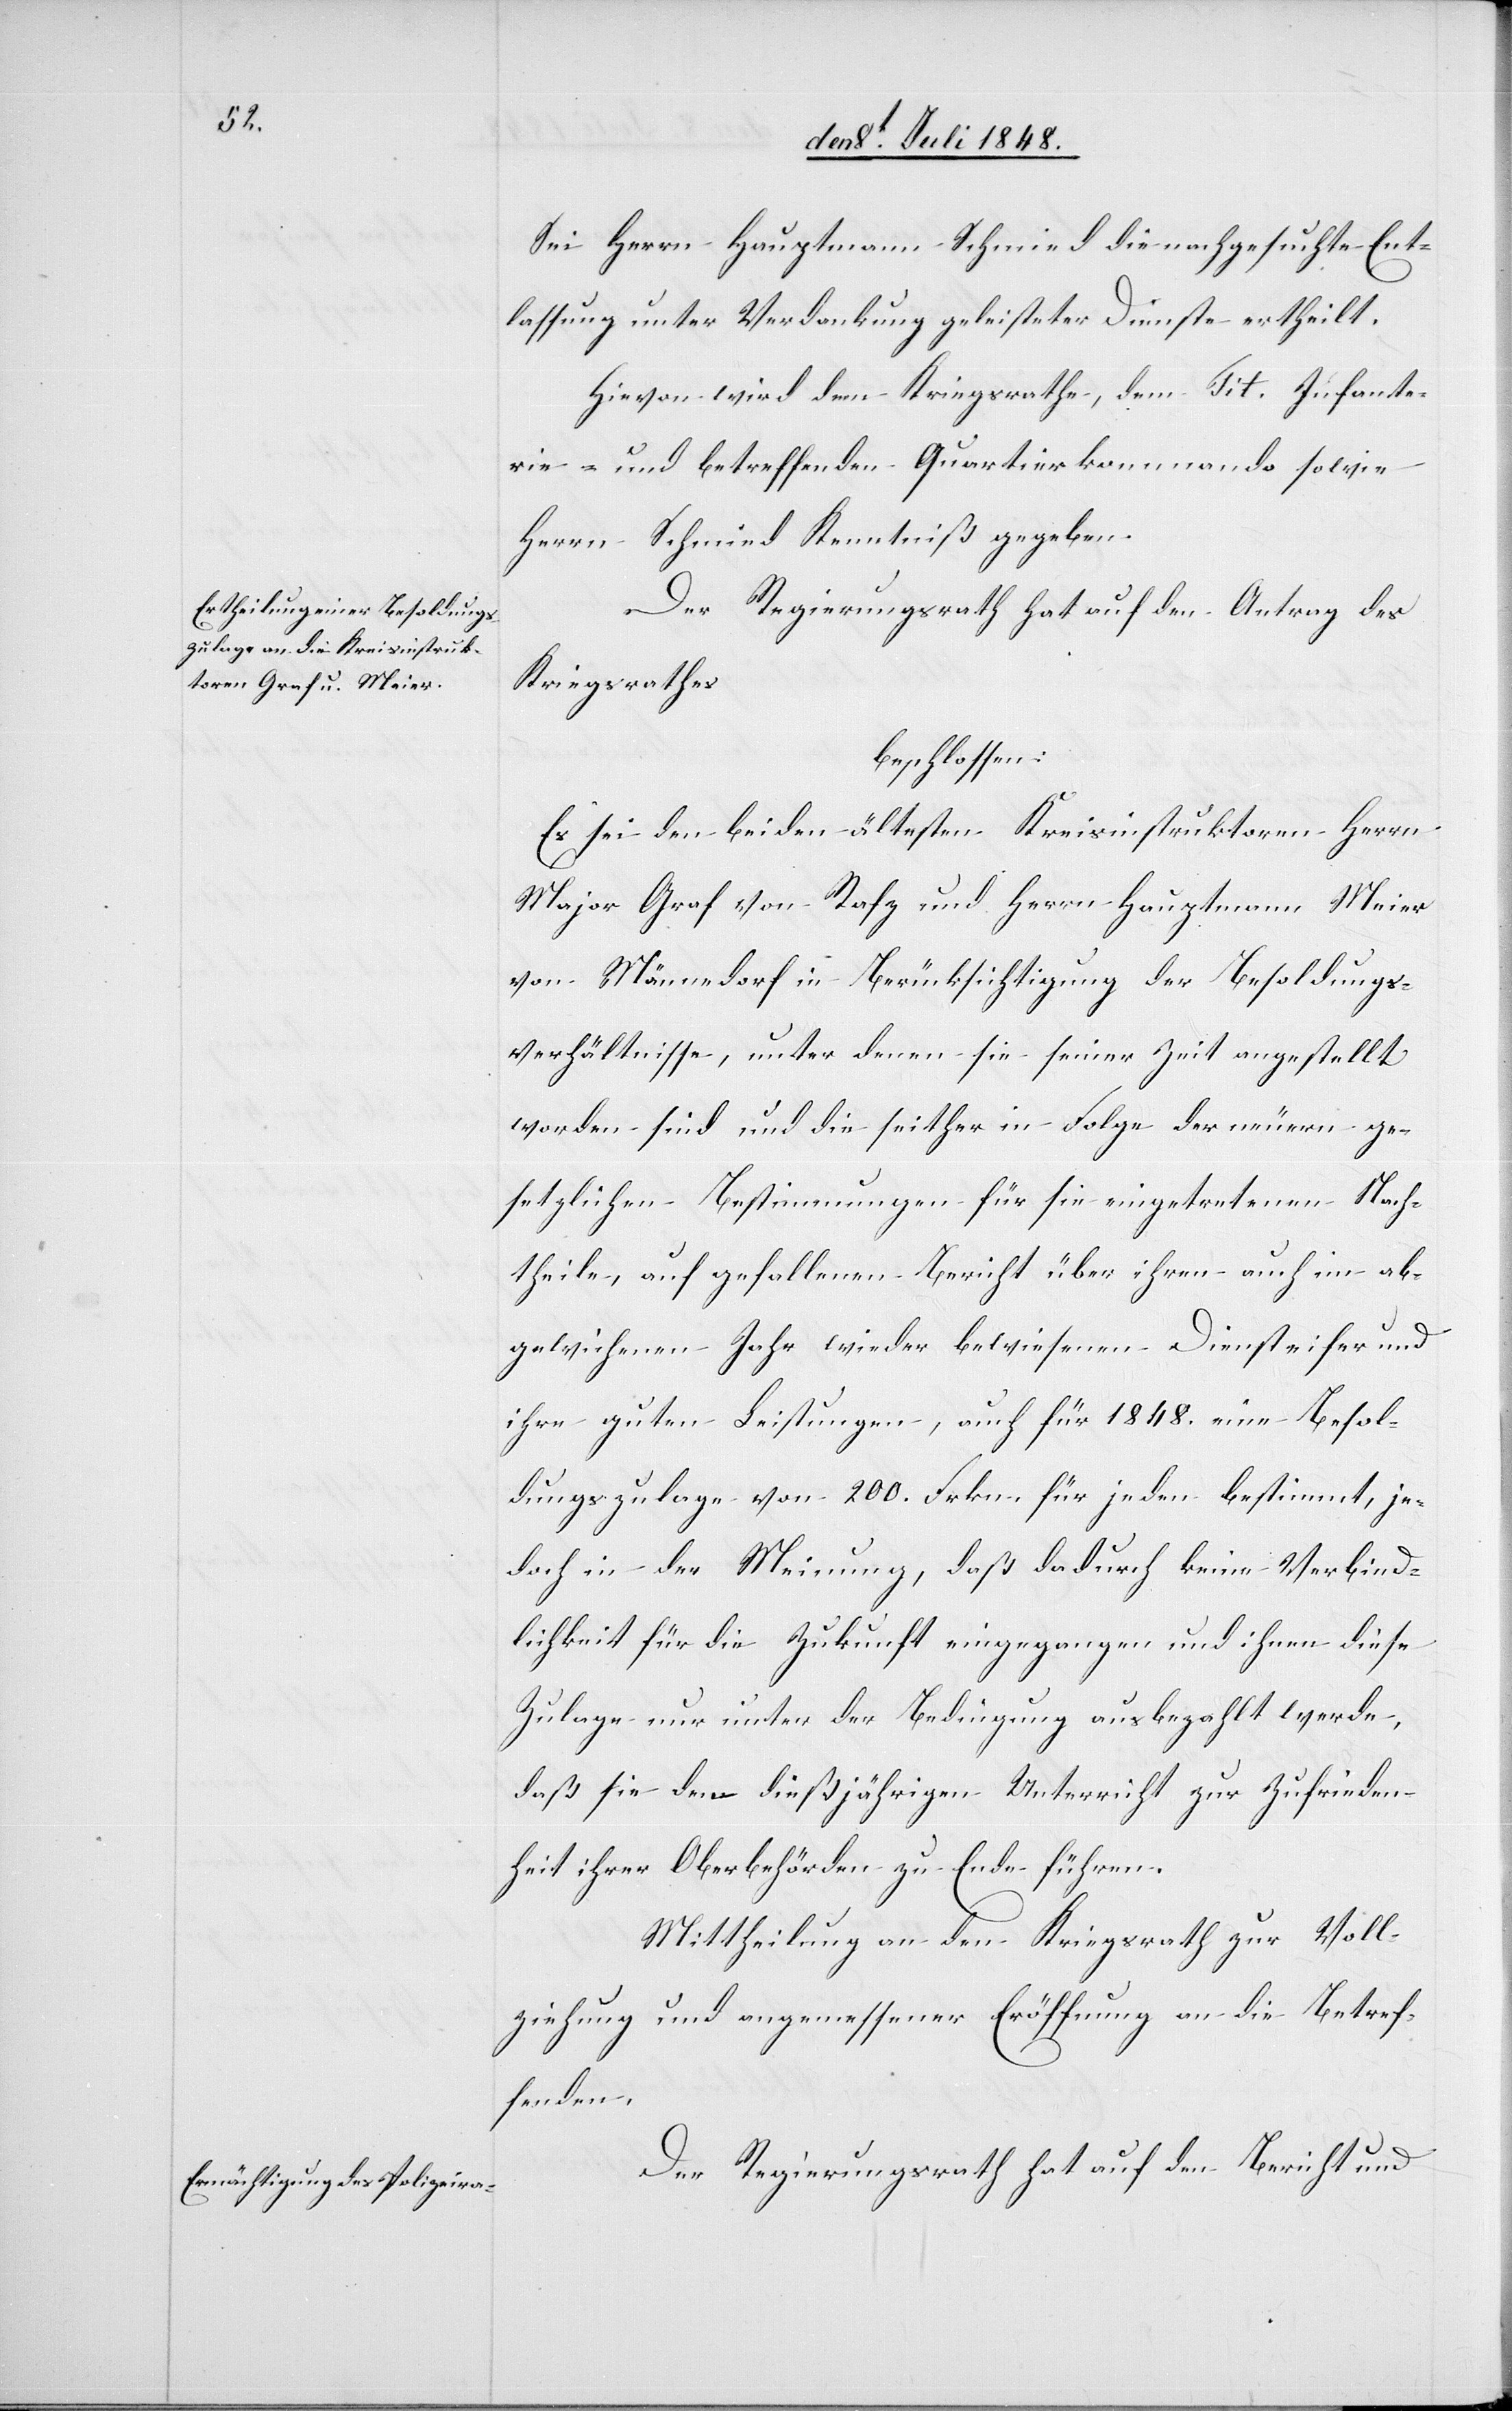
Sei Herrn Hauptmann Schmied die nachgesuchte Ent¬
lassung unter Verdankung geleisteter Dienste ertheilt.
Hievon wird dem Kriegsrathe, dem Tit. Infante¬
rie- und betreffenden Quartierkommando sowie
Herrn Schmied Kenntniß gegeben.
Der Regierungsrath hat auf den Antrag des
Kriegsrathes
beschlossen:
Es sei den beiden ältesten Kreisinstruktoren Herrn
Major Graf von Rafz und Herrn Hauptmann Meier
von Männedorf in Berücksichtigung der Besoldungs¬
verhältnisse, unter denen sie seiner Zeit angestellt
worden sind und die seither in Folge der neuern ge¬
setzlichen Bestimmungen für die eingetretenen Nach¬
theile, auf gefallenen Bericht über ihren auch im ab¬
gewichenen Jahr wieder bewiesenen Diensteifer und
ihre guten Leistungen, auch für 1848. eine Besol¬
dungszulage von 200. Frkn. für jeden bestimmt, je¬
doch in der Meinung, daß dadurch keine Verbind¬
lichkeit für die Zukunft eingegangen und ihnen diese
Zulage nur unter der Bedingung ausbezahlt werde,
daß sie den dießjährigen Unterricht zur Zufrieden¬
heit ihrer Oberbehörden zu Ende führen.
Mittheilung an den Kriegsrath zur Voll¬
ziehung und angemessener Eröffnung an die Betref¬
fenden.
Der Regierungsrath hat auf den Bericht und